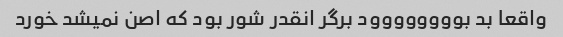
واقعا بد بوووووووود برگر انقدر شور بود که اصن نمیشد خورد